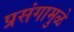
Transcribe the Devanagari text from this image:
प्रसंगामुळे